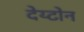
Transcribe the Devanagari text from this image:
देय्टोन